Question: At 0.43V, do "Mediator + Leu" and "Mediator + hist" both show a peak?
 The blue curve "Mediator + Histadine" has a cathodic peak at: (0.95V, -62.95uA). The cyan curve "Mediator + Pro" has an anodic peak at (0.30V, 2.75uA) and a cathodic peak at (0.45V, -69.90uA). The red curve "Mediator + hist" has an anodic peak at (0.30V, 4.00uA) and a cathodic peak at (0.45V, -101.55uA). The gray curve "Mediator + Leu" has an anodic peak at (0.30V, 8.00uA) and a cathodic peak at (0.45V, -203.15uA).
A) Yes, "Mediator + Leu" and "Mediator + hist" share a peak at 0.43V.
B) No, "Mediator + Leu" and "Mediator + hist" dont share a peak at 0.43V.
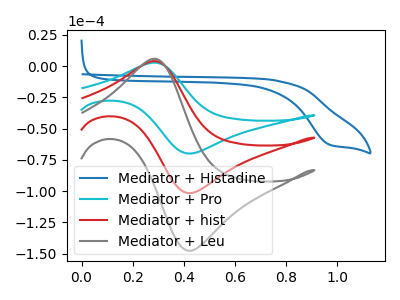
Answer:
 <answer>A) Yes, "Mediator + Leu" and "Mediator + hist" share a peak at 0.43V.</answer>
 <eval>A</eval>